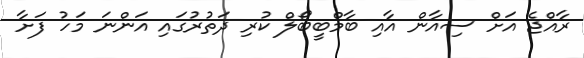
ރާއްޖެ އަށް ސިއާން އާއި ބާމްބީބޯލް ކުރި ދަތުރުގައި އަންނަ މަހު ފަށާ